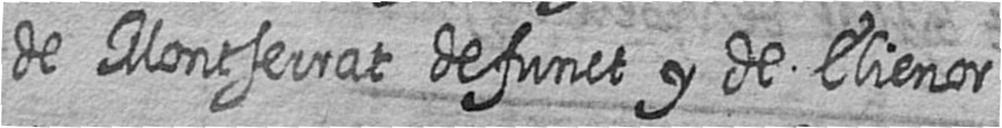
de Montserrat defunct y de Elienor